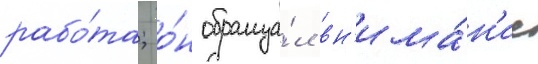
рабо́та; о́н обраща́л вн'има́н'ие